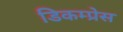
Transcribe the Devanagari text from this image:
डिकम्प्रेस